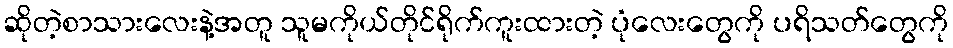
ဆိုတဲ့စာသားလေးနဲ့အတူ သူမကိုယ်တိုင်ရိုက်ကူးထားတဲ့ ပုံလေးတွေကို ပရိသတ်တွေကို